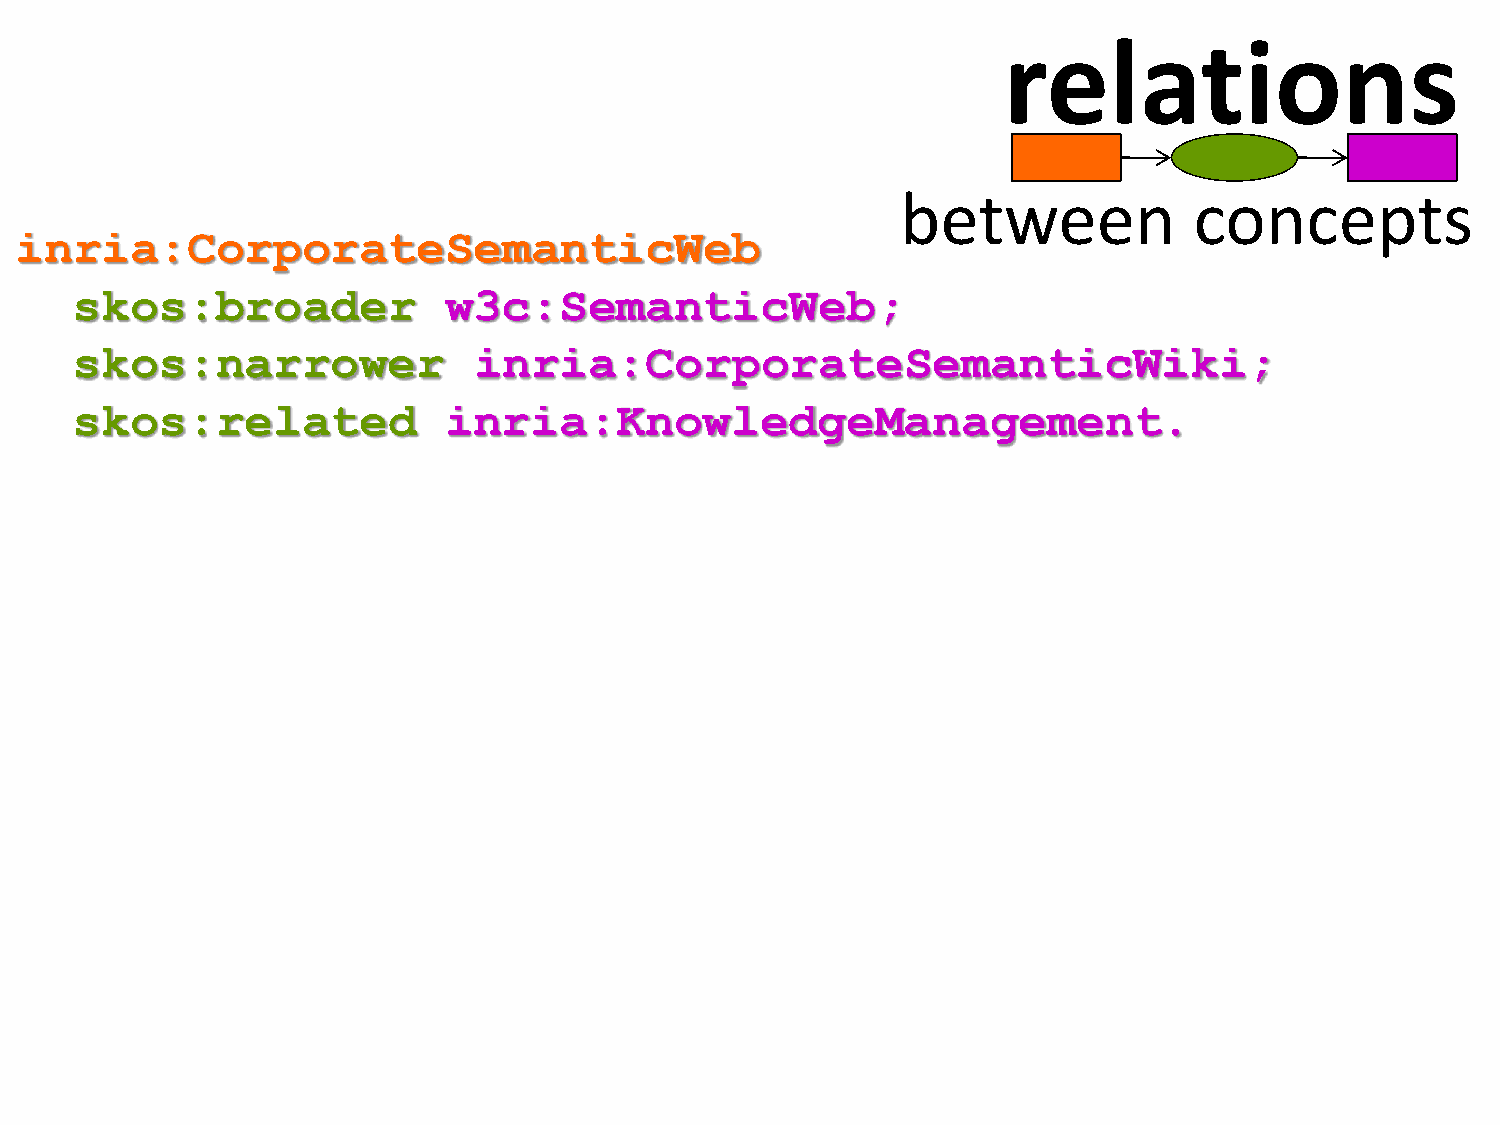
relations
 between            concepts
 inria:CorporateSemanticWeb
 skos:broader            w3c:SemanticWeb;
 skos:narrower             inria:CorporateSemanticWiki;
 skos:related            inria:KnowledgeManagement.